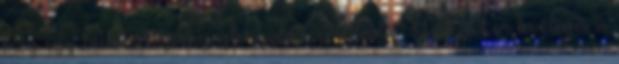
még egy halom köpönyegforgató szemétláda." Most akkor tevőleges is